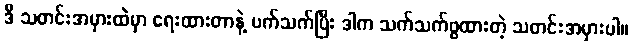
ဒီ သတင်းအမှားထဲမှာ ရေးထားတာနဲ့ ပက်သက်ပြီး ဒါက သက်သက်ဖွထားတဲ့ သတင်းအမှားပါ။